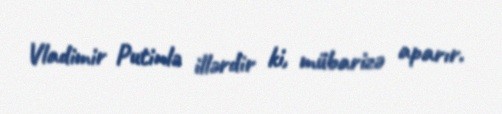
Vladimir Putinlə illərdir ki, mübarizə aparır.